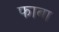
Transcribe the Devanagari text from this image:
फाबा